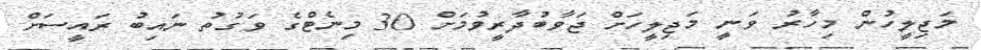
މަޖިލީހުން މިހާރު ވަނީ މަޖިލީހަށް ޖަވާބުދާރީވުމަށް 30 މިނެޓްގެ ވަގުތު ނައިބު ރައީސަށް